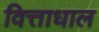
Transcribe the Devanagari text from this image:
वित्ताधाल